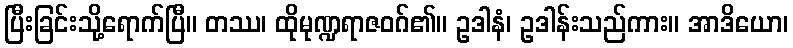
ပြီးခြင်းသို့ရောက်ပြီ။ တဿ၊ ထိုမုဏ္ဍရာဇဝဂ်၏။ ဥဒါနံ၊ ဥဒါန်းသည်ကား။ အာဒိယော၊